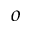
o